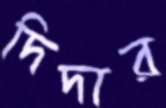
দিদার